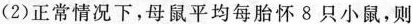
(2)正常情况下，母鼠平均每胎怀8只小鼠，则